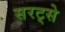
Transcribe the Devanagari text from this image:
सरट्से